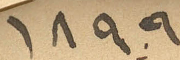
١٨٩٩